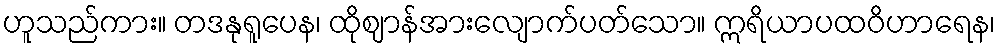
ဟူသည်ကား။ တဒနုရူပေန၊ ထိုဈာန်အားလျောက်ပတ်သော။ ဣရိယာပထဝိဟာရေန၊